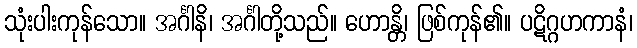
သုံးပါးကုန်သော။ အင်္ဂါနိ၊ အင်္ဂါတို့သည်။ ဟောန္တိ၊ ဖြစ်ကုန်၏။ ပဋိဂ္ဂဟကာနံ၊